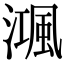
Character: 𣽝